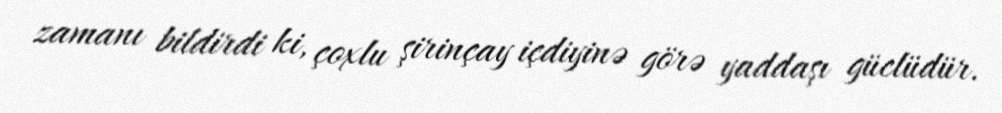
zamanı bildirdi ki, çoxlu şirinçay içdiyinə görə yaddaşı güclüdür.